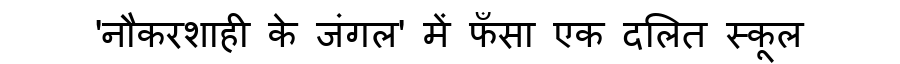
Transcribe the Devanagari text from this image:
'नौकरशाही के जंगल' में फँसा एक दलित स्कूल